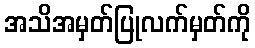
အသိအမှတ်ပြုလက်မှတ်ကို